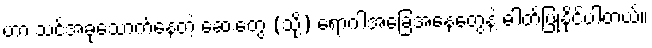
ဟာ သင်အခုသောက်နေတဲ့ ဆေးတွေ (သို့) ရောဂါအခြေအနေတွေနဲ့ ဓါတ်ပြုနိုင်ပါတယ်။